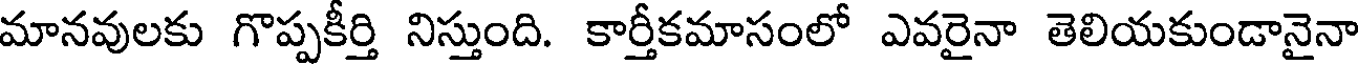
మానవులకు గొప్పకీర్తి నిస్తుంది. కార్తీకమాసంలో ఎవరైనా తెలియకుండానైనా